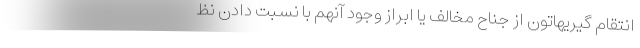
انتقام گيريهاتون از جناح مخالف يا ابراز وجود آنهم با نسبت دادن نظ